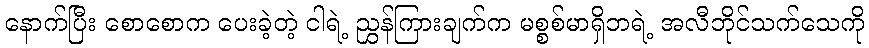
နောက်ပြီး စောစောက ပေးခဲ့တဲ့ ငါရဲ့ ညွှန်ကြားချက်က မစ္စစ်မာရှိဘရဲ့ အလီဘိုင်သက်သေကို